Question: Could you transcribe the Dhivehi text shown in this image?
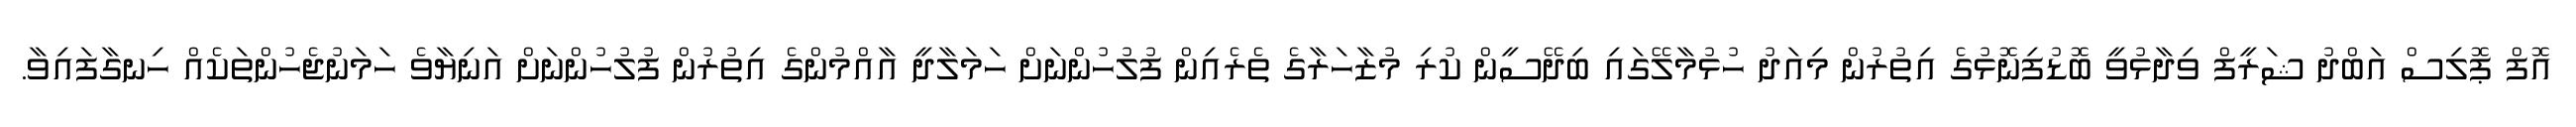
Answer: އޮފް ޕޮލިސް އަބްދު ޝަރީފް ވިދާޅުވީ ބޮޑުފިނޮޅުގެ އިތުރުން މިއަދު ހުޅުމާލޭގައި ބިދޭސީން ކުރި މުޒާހަރާގެ ތެރެއިން ފުލުހުންނަށް ހަމަލާދީ އާއްމުންގެ އިތުރުން ފުލުހުންނަށް އަނިޔާވެ ހަމަނުޖެހުންތަކެއް ހިނގާފައިވާ.